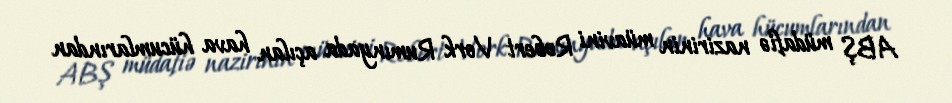
ABŞ müdafiə nazirinin müavini Robert Vork Rumınyada açılan hava hücumlarından